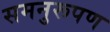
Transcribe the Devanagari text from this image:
समनुरूपण